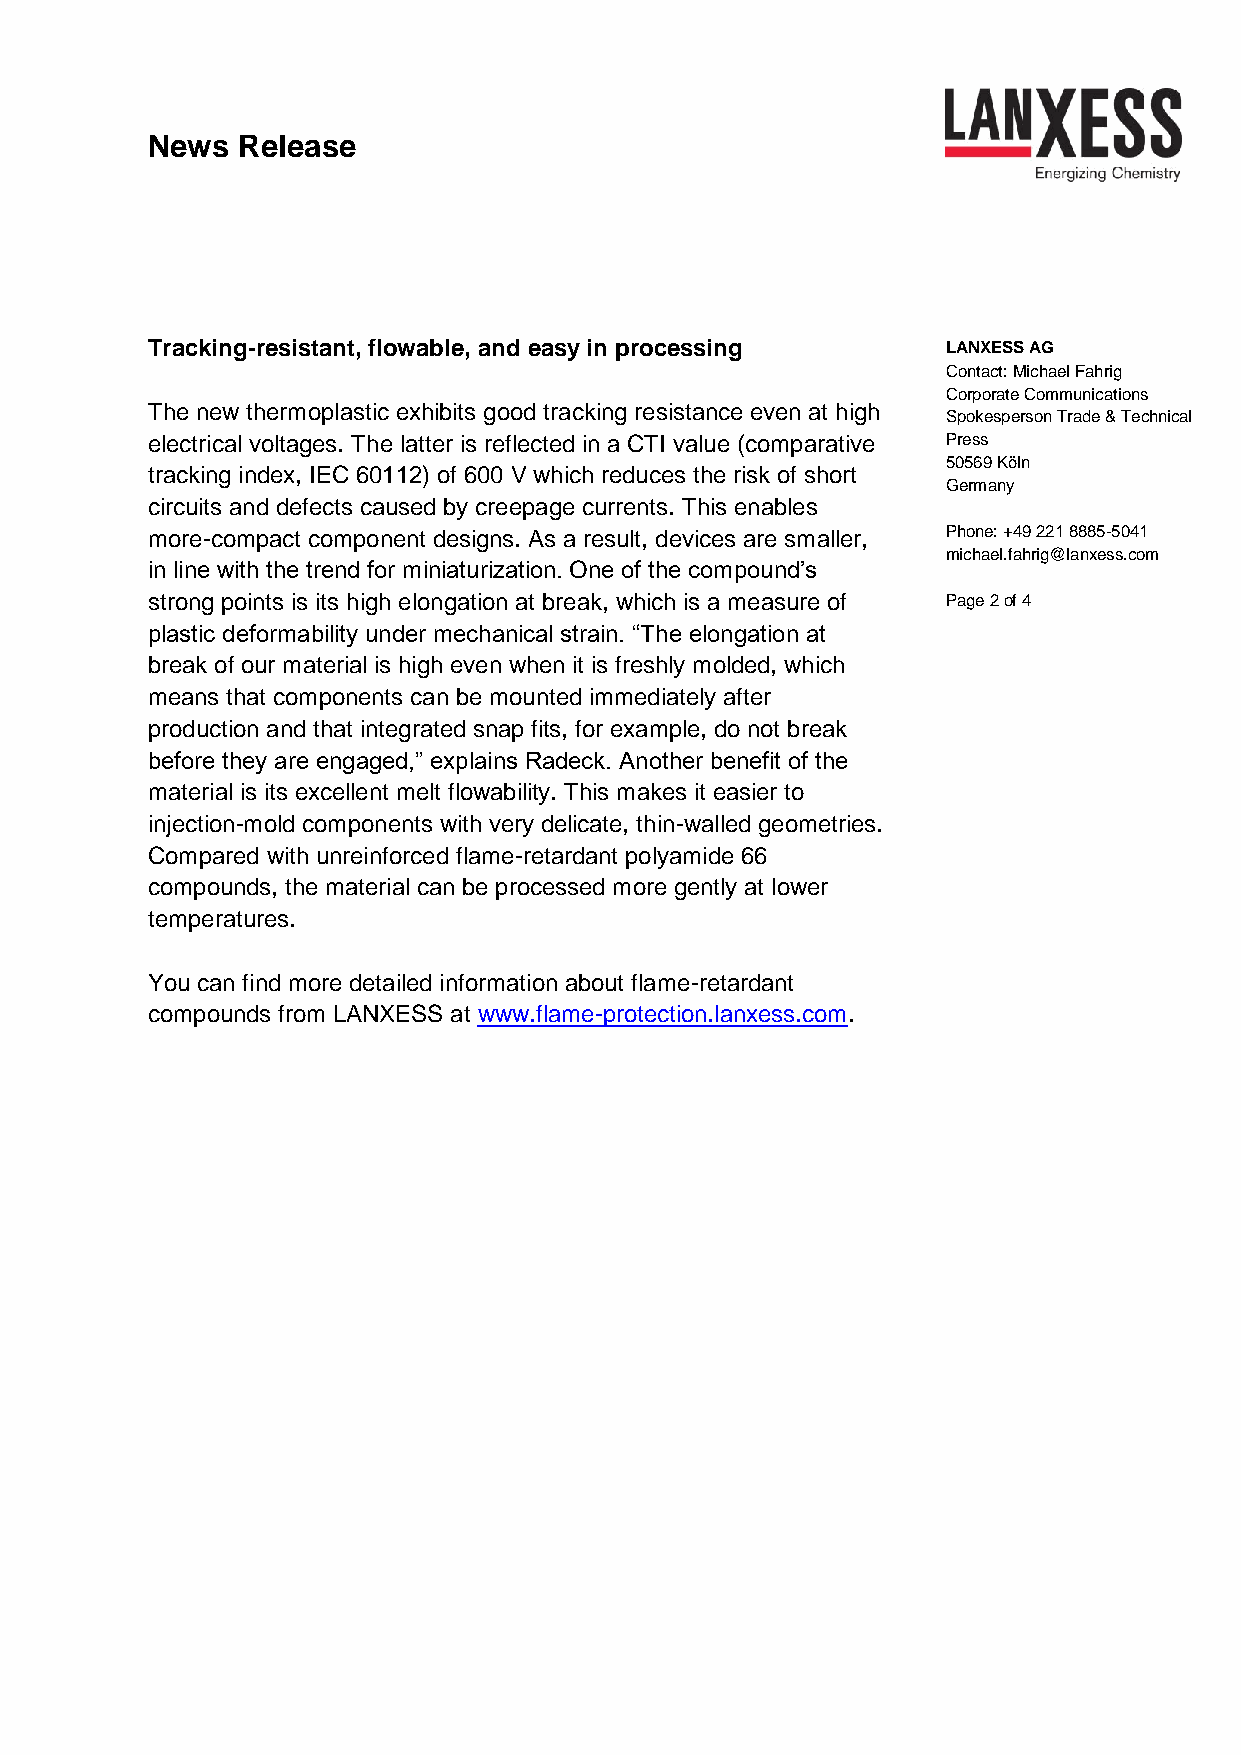
News  Release
 Tracking-resistant, flowable, and easy in processing LANXESS AG
 Contact: Michael Fahrig
 Corporate Communications
 The new thermoplastic exhibits good tracking resistance even at high
 Spokesperson Trade & Technical
 electrical voltages. The latter is reflected in a CTI value (comparative Press
 50569 Köln
 tracking index, IEC 60112) of 600 V which reduces the risk of short
 Germany
 circuits and defects caused by creepage currents. This enables
 more-compact component designs. As a result, devices are smaller, Phone: +49 221 8885-5041
 michael.fahrig@lanxess.com
 in line with the trend for miniaturization. One of the compound’s
 strong points is its high elongation at break, which is a measure of Page 2 of 4
 plastic deformability under mechanical strain. “The elongation at
 break of our material is high even when it is freshly molded, which
 means that components can be mounted immediately after
 production and that integrated snap fits, for example, do not break
 before they are engaged,” explains Radeck. Another benefit of the
 material is its excellent melt flowability. This makes it easier to
 injection-mold components with very delicate, thin-walled geometries.
 Compared with unreinforced flame-retardant polyamide 66
 compounds, the material can be processed more gently at lower
 temperatures.
 You can find more detailed information about flame-retardant
 compounds from LANXESS at www.flame-protection.lanxess.com.